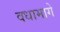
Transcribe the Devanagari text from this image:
वधामागे